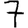
Digit: 7